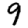
Digit: 9